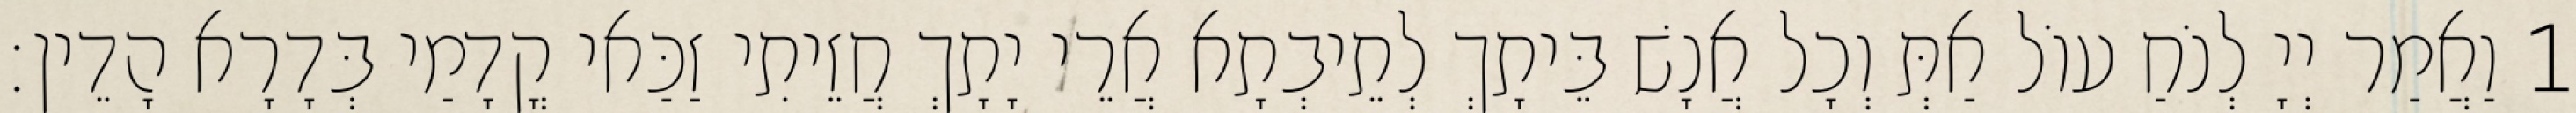
1 וַאֲמַר יְיָ לְנֹחַ עוֹל אַתְּ וְכָל אֲנָשׁ בֵּיתָךְ לְתֵיבְתָא אֲרֵי יָתָךְ חֲזֵיתִי זַכַּאי קֳדָמַי בְּדָרָא הָדֵין׃